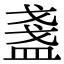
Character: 盞